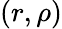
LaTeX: (r,\rho)